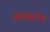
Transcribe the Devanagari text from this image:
डोलोस्टोन